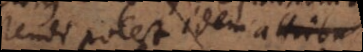
ostendi potest idem attribu